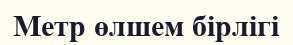
Метр өлшем бірлігі